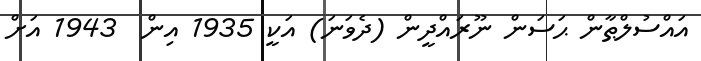
އައްސުލްޠާން ޙަސަން ނޫރައްދީން (ދެވަނަ) އަކީ 1935 އިން  1943 އަށް